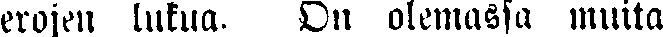
erojen lukua. On olemassa muita